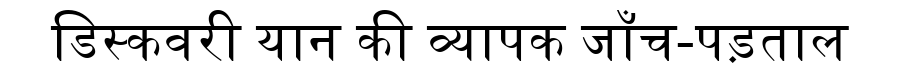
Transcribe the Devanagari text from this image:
डिस्कवरी यान की व्यापक जाँच-पड़ताल